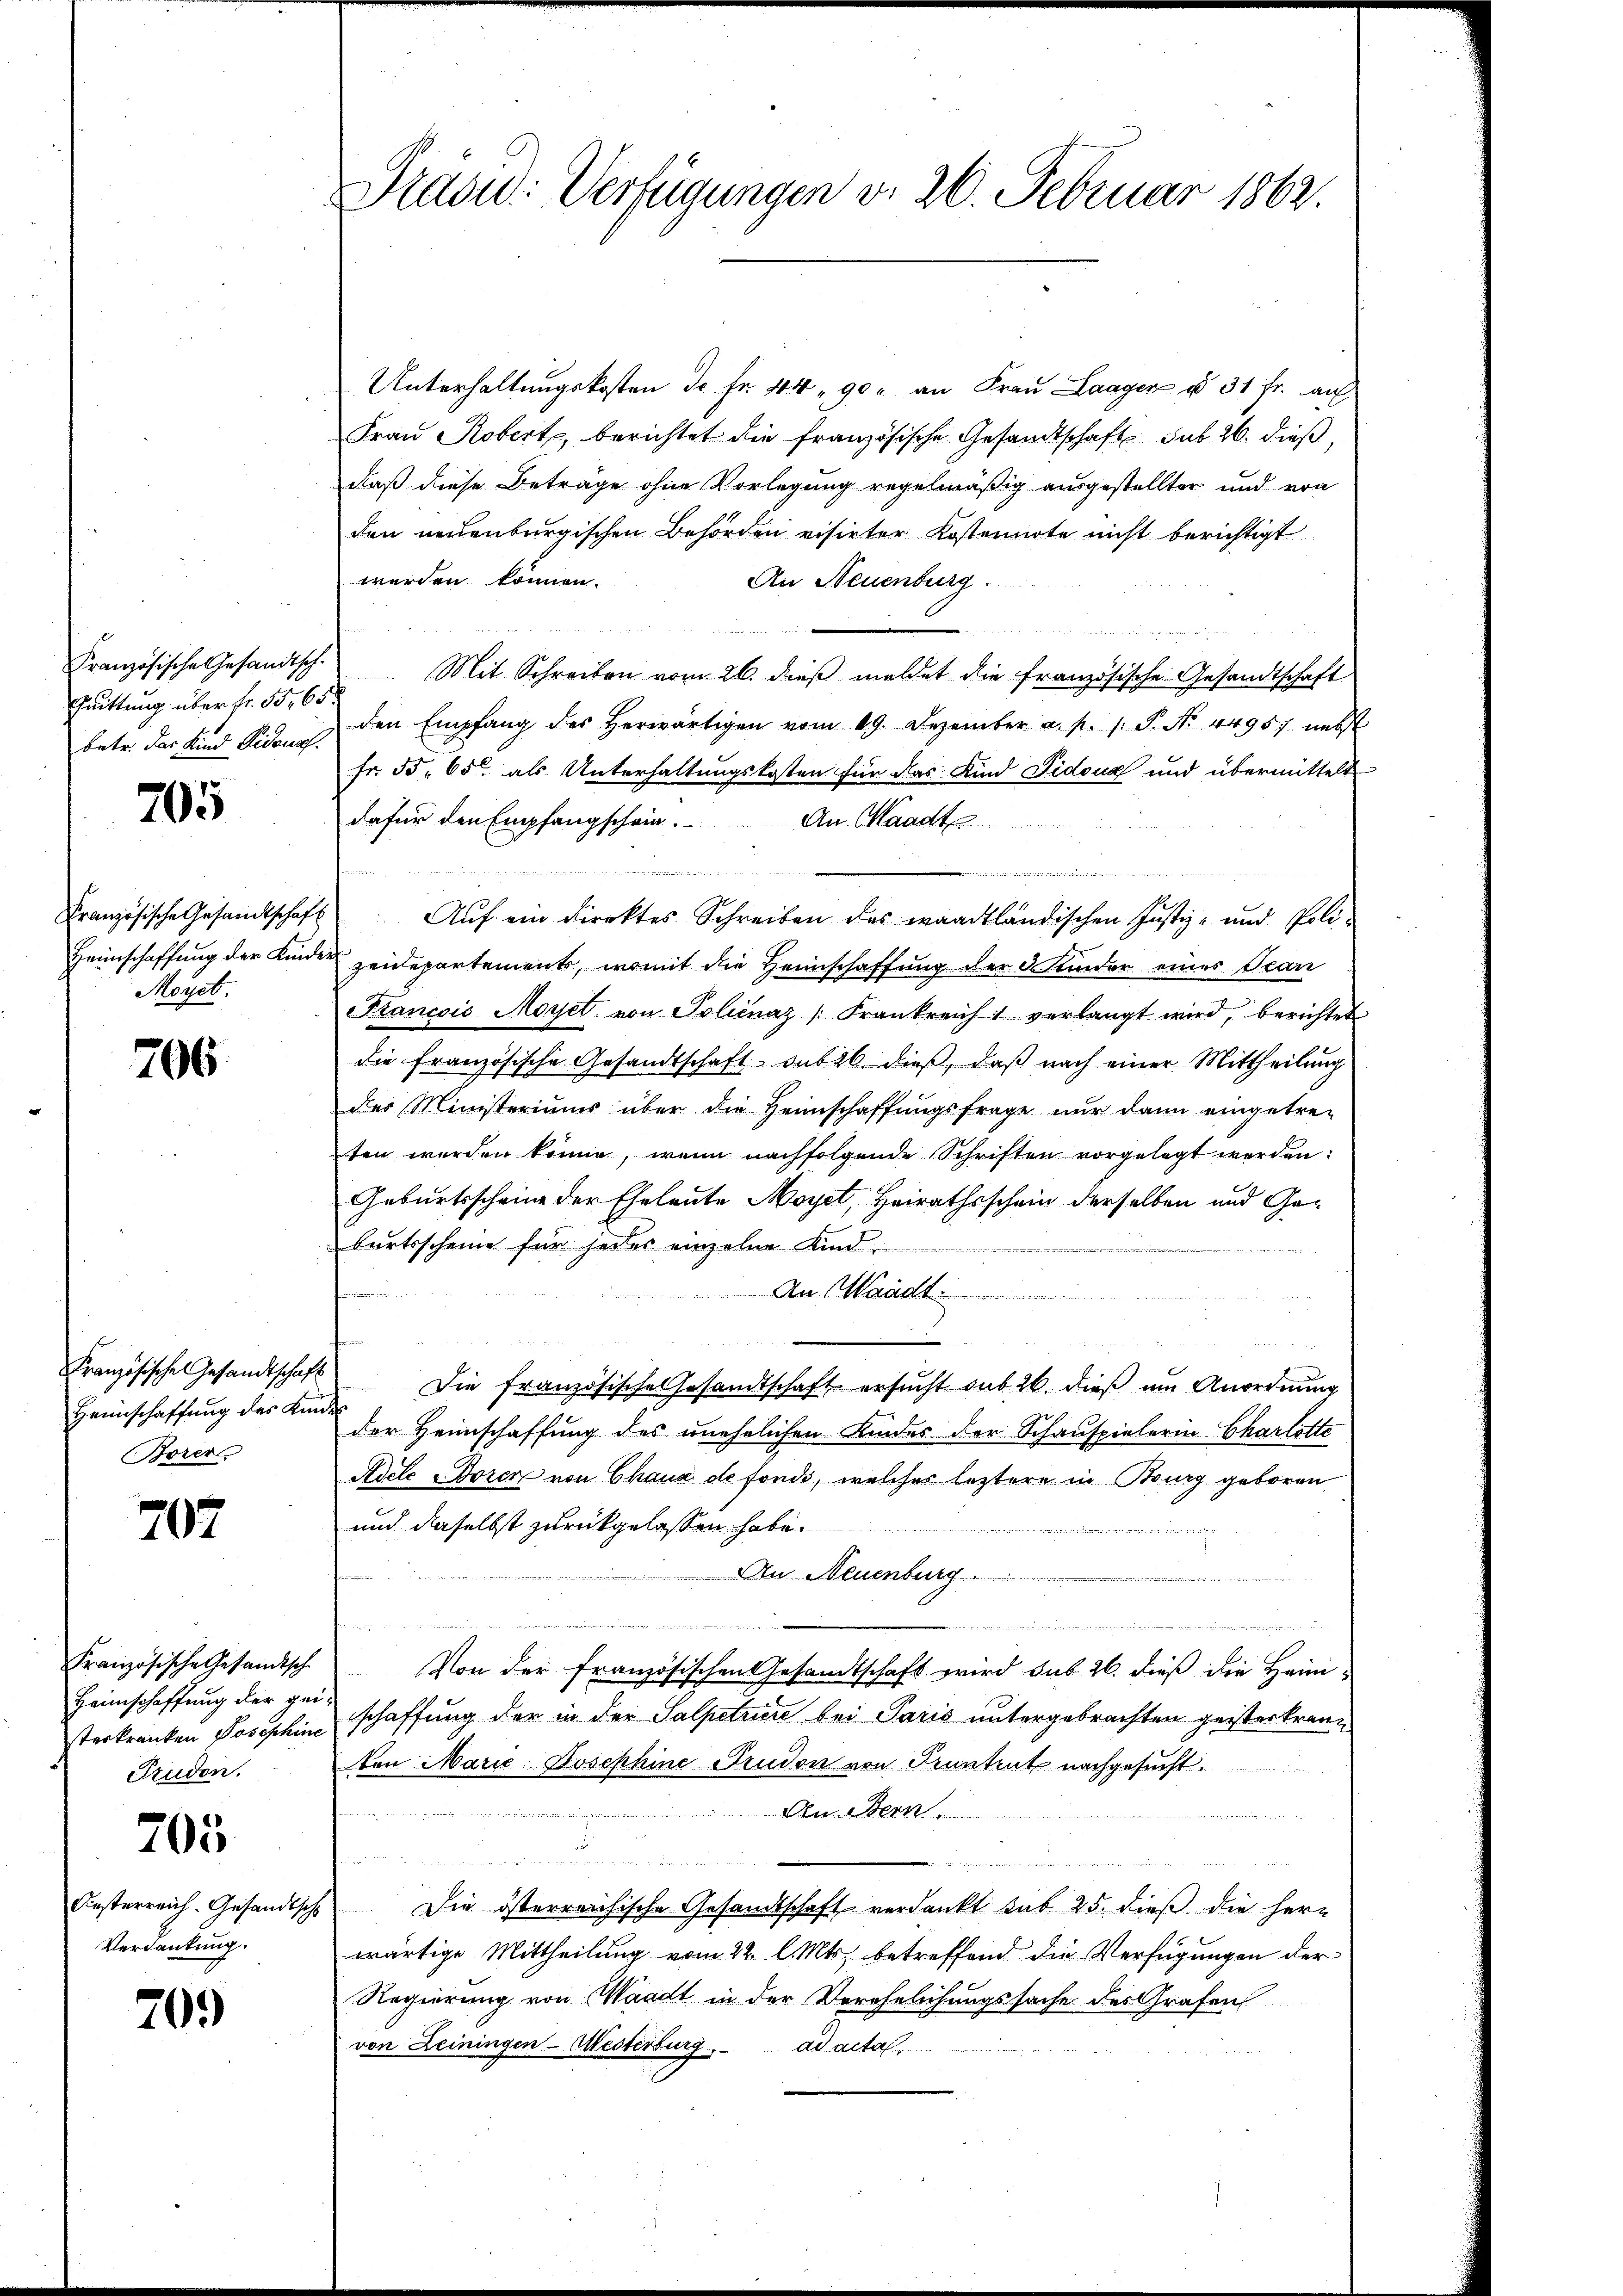
Quittung über fr. 55, 655
betr. das Kind Fidensf

705

Moyet.

706

Französische Gesandtschaft
Borer

707

Französische Gesandtische
Heimschaffung der geisterkranken Josephine
Prudon.

705

Verdankung.

709

Unterhaltungskosten J. fr. 44 " 90. an Frau Laagen § 31 fr. au
Frau Robert, berichtet die französische Gesandtschaft sub 26. dieß,
daß diese Betrage ohne Vorlegung regelmäßig ausgestellter und von
den neuenburgischen Behörden visirter Kostennote nicht berichtigt
werden können.
An Neuenburg.
Französische Gesandtsch. Mit Schreiben vom 26. dieβ meldet die französische Gesandtschaft
den Empfang des herwärtigen vom 19. Dezember a. p. s. S. Nr. 44957 nebst
Fr. 55. 65 als Unterhaltungskosten für das Kind Pidoua und übermittelt
dafür den Empfangschein.
An Waadt
n
e
e
Französische Gesandtschaft Aŭf ein Direktes Schreiben des waadtländischen Justiz- und Poli-
Heimschaffung der Kinder zeidepartements, womit die Heimschaffung der 3 Kinder eines Tran
Sancois Moret von Policnaz Frankreich 1 verlangt wird, berichtet
die französische Gesandtschaft sub 26. dieß, daß nach einer Mittheilung
des Ministeriums über die Heimschaffŭngsfrage nur dann eingetre-
ten werden könne, wenn nachfolgende Schriften vorgelegt werden.
Geburtsschein der Eheleute Moyet, Heirathsschein derselben und Geburtsscheine für jeder einzelne Kind.
An Waadt.
u
Heimschaffŭng der Kind die französische Gesandtschaft ersŭcht sub. 26. dieβ ŭm Anordnŭng
der Heimschaffung des unehelichen Kindes der Schauspielerin Charlotte
Adele u Bozen von Chaux de fonds, welches leztere in Burg geboren
und daselbst zurückgelassen habe.
An Neuenburg ............
 gegen, in den
n
Von der französischen Gesandtschaft wird sub 26. dieß die Heim
schaffung der in der Salpetuere bei Paris untergebrachten geister kranvon Marie Josephine Trudon von Kenntent nachgesucht.
An Stern
n
Festerreich. Gesandtsche Die österreichische Gesandtschaft verdankt sub 25. dieß die her-
wärtige Mittheilung vom 22. l. Mts. betreffend die Verfügungen der
Regierung von Waadt in der Verehelichungssache des Grafen
von Leiningen - Westerburg. ad acta

Präte: Verfügungen v. 26. Februar 1862.